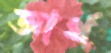
আর্থ